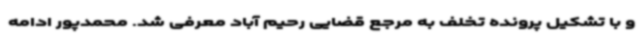
و با تشکیل پرونده تخلف به مرجع قضایی رحیم آباد معرفی شد. محمدپور ادامه